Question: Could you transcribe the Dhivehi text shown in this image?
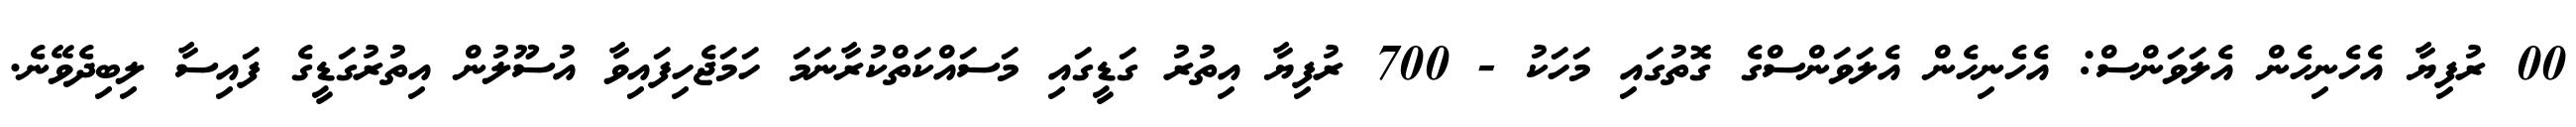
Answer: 00 ރުފިޔާ އެހެނިހެން އެލަވަންސް: އެހެނިހެން އެލަވަންސްގެ ގޮތުގައި މަހަކު - 700 ރުފިޔާ އިތުރު ގަޑީގައި މަސައްކަތްކުރާނަމަ ހަމަޖެހިފައިވާ އުސޫލުން އިތުރުގަޑީގެ ފައިސާ ލިބިދެވޭނެ.